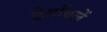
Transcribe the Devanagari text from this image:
ठेवविलें